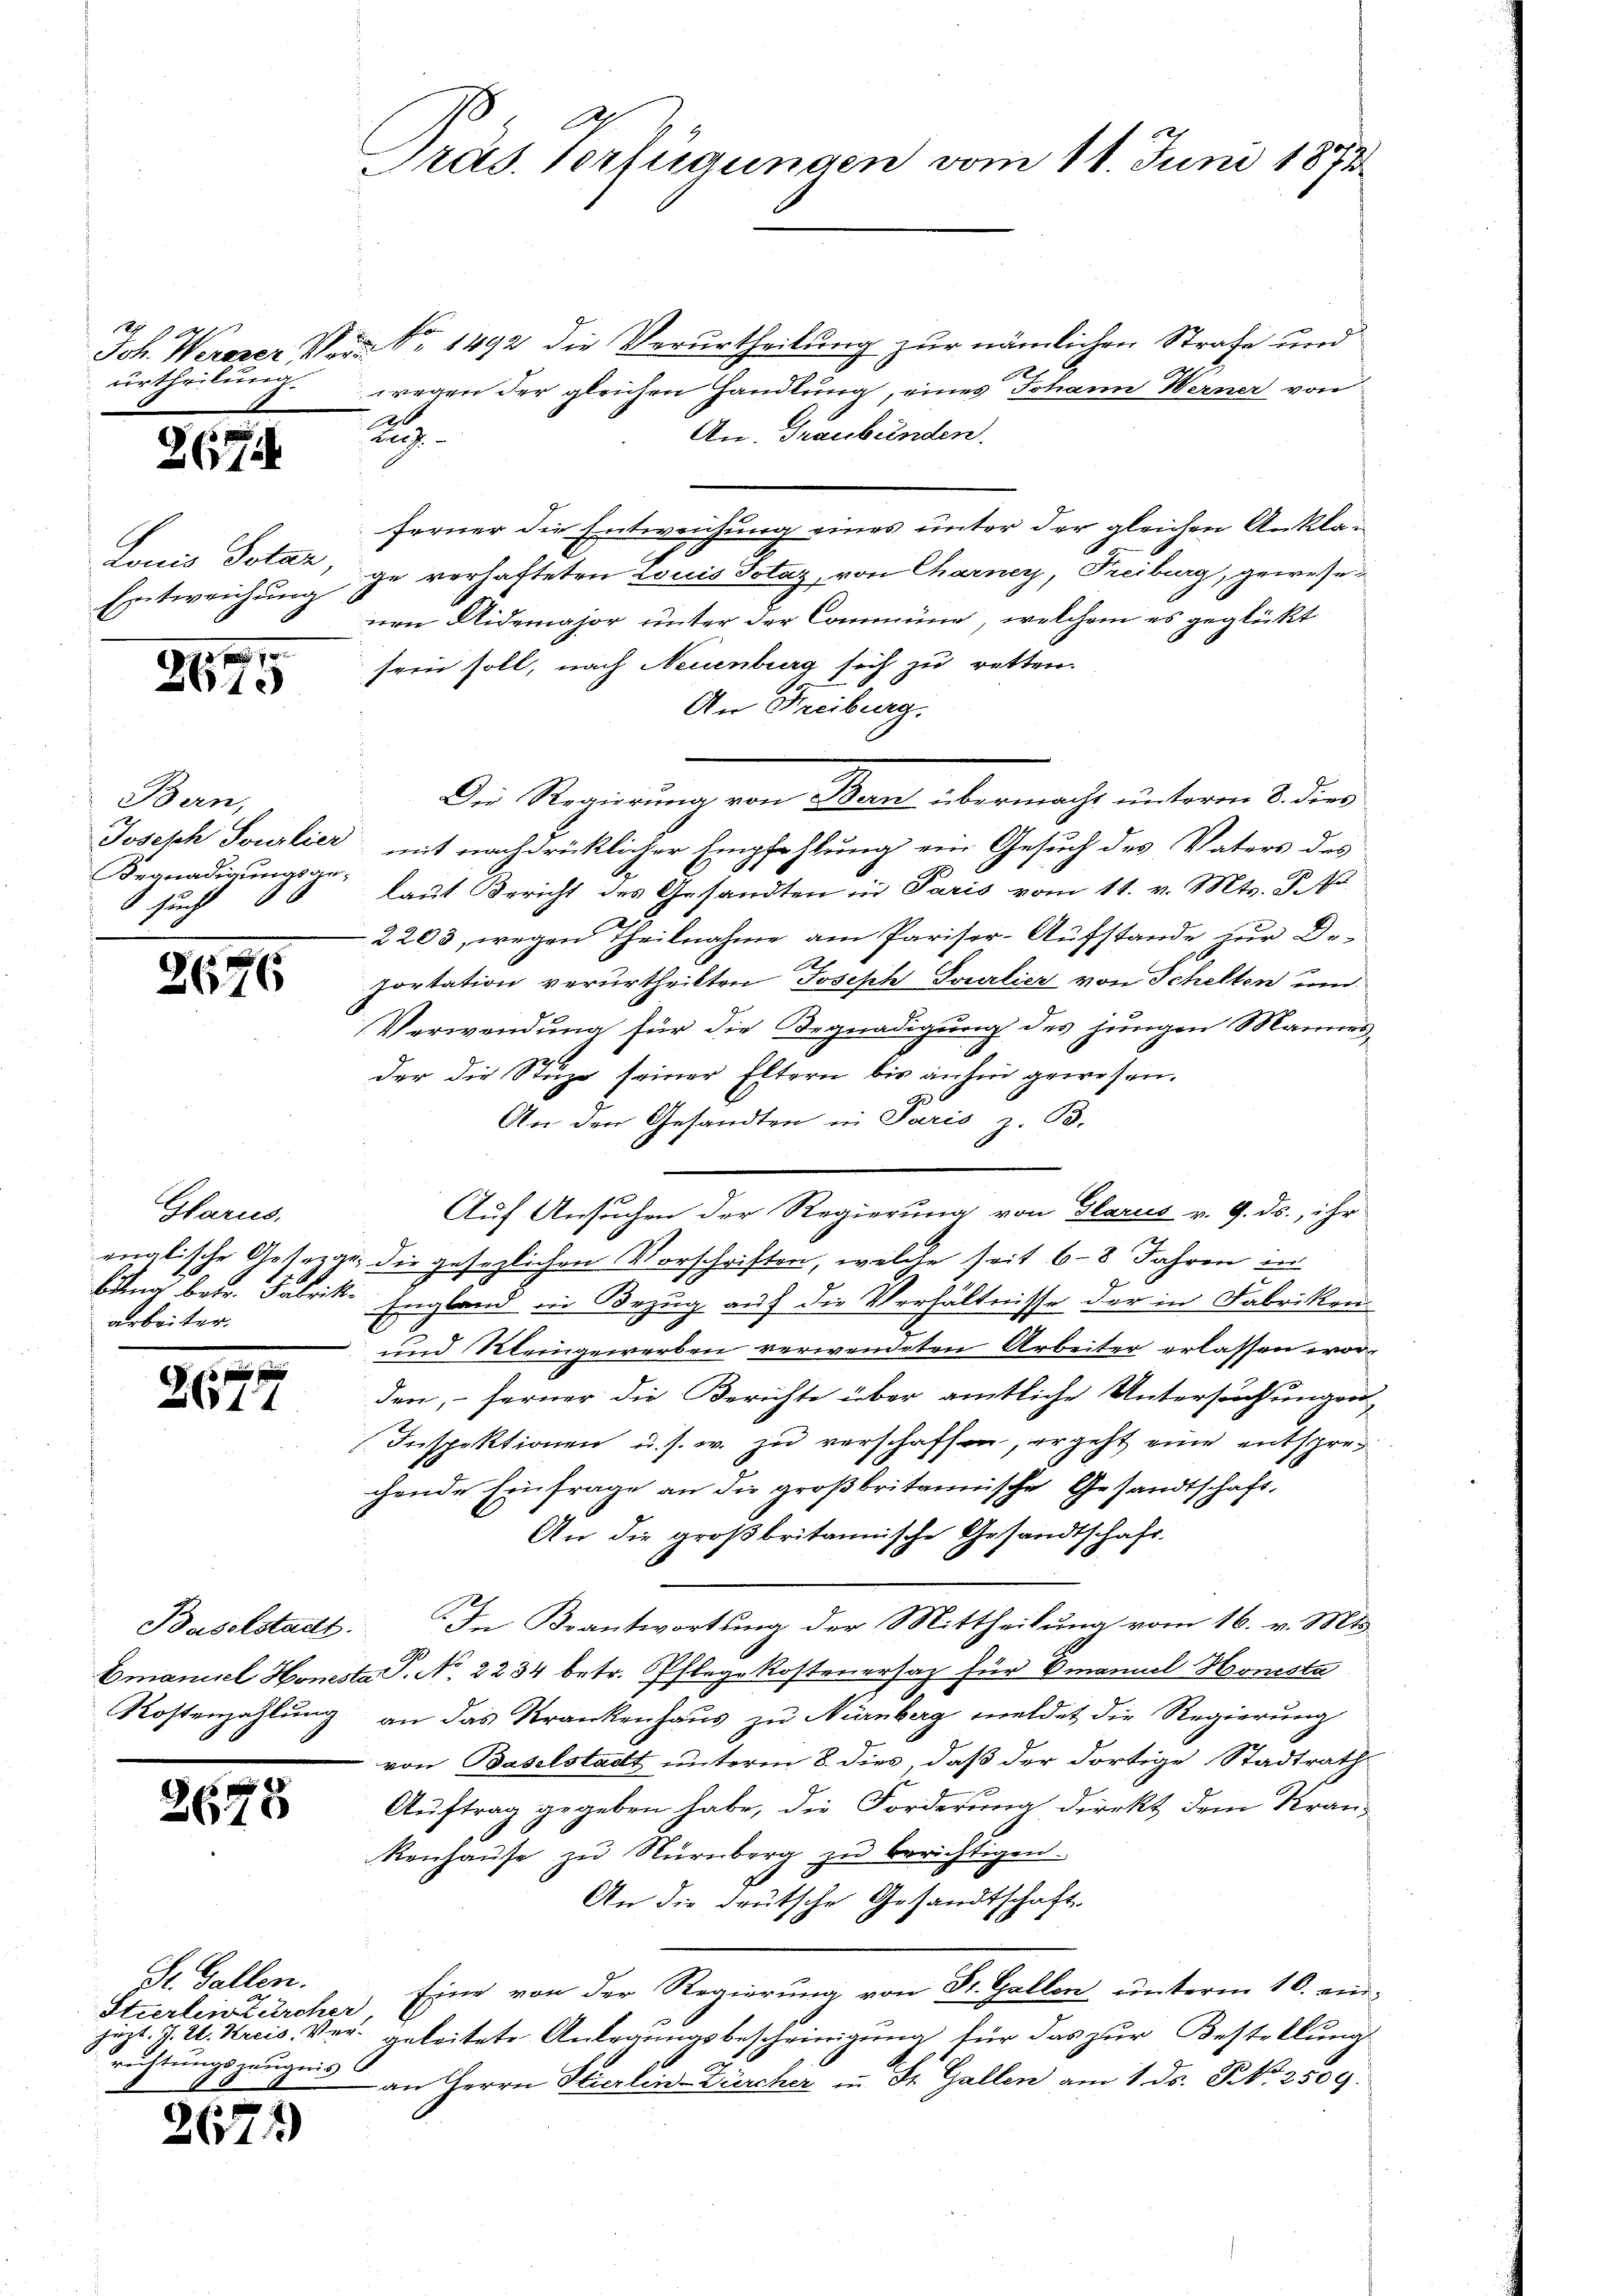
urtheilung.

267

Entweichung

10
8610

Bern,
Begnadigungsgesucht

2676

Glarus,
arbeiter.

8 f
2611

Baselstadt.

u
2610

Joh. Werner N. N. 1492 die Verurtheilung zur nämlichen Strafe und
1
wegen der gleichen Handlung, eines Johann Werner von
20
An. Graubünden.
Rei
ferner die Entweichung eines unter der gleichen Ankla¬
Lauis Dotaz, ge verhafteten Louis Totaz, von Charney, Freiburg, gewesenen Aidemajor unter der Commüne, welchem es geglückt
sern soll, nach Neuenburg sich zu retten.
An Freiburg.
Die Regierung von Mama übermacht unterm S. dies
Joseph Soulier, mit nachdrücklicher Empfehlung ein Gesuch des Vaters des
laut Bericht des Gesandten in Paris vom 11. v. Mts. S. A.
2203, wegen Theilnahme am Pariser-Aufstande zur De-
portation verurtheilten Joseph Sourlier von Schelten um
Verwendung für die Begnadigung des jungen Mannes-

der die Stuze seiner Eltern bis anhin gewesen.
An den Gesandten in Paris z. B.
Auf Ansuchen der Regierung von Glarus v. 9. ds., ihr
englische Gesezger die gesezlichen Vorschriften, welche seit 6–8 Jahren in
bung betr. Fabrik- England in Bezug auf die Verhältnisse der in Fabriken
7
und Kleingewerben verwendeten Arbeiter erlassen worden, – ferner die Berichte über amtliche Untersuchungen
Inspektionen u. s. w. zu verschaffen, ergeht eine entsprechende Einfrage an die großbritannische Gesandtschaft-
An die großbritannische Gesandtschaft.
In Beantwortung der Mittheilung vom 16. v. Mts.
Emanuel Honesta P. No. 2234 betr. Pflegekostenersaz für Emanuel Honista
Kostenzahlung an das Krankenhaus zu Nürnberg meldet die Regierung
von Baselstadt unterm 8. dies, daß der dortige Stadtrath
Auftrag gegeben habe, die Forderung direkt dem Kran¬
Renhaŭse zu Nürnberg zu berichtigen.
4
An die deutsche Gesandtschaft.
Eine von der Regierung von Dr. Gallen unterm 16. einzeit. St. Kreis, Ver- geleitete Anlegungsbescheinigung für das zur Bestellung
 an Herrn Stierlin-Zürcher in St. Gallen am 1. ds. No. 2509.

Dr. Gallen.
Stierlin Zürcher
richtungszeugnis

26

2)

Präs. Verfügungen vom 11. Juni 1873